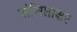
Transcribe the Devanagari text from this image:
संशिप्ताक्षर